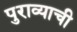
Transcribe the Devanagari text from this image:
पुराव्याची